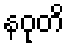
နဝုတိ